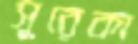
সুরেকা